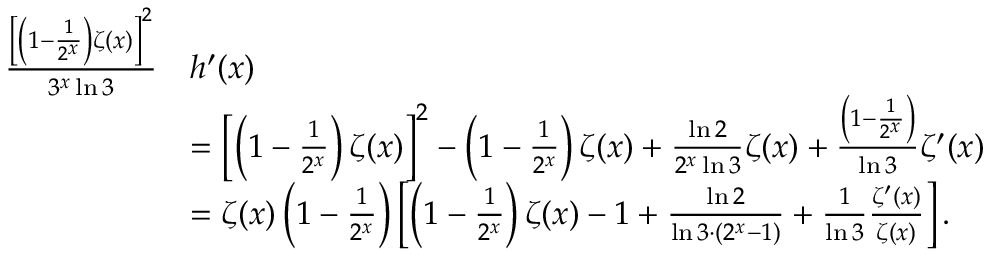
\begin{array} { r l } { \frac { \left[ \left( 1 - \frac { 1 } { 2 ^ { x } } \right) \zeta ( x ) \right] ^ { 2 } } { 3 ^ { x } \ln 3 } } & { h ^ { \prime } ( x ) } \\ & { = \left[ \left( 1 - \frac { 1 } { 2 ^ { x } } \right) \zeta ( x ) \right] ^ { 2 } - \left( 1 - \frac { 1 } { 2 ^ { x } } \right) \zeta ( x ) + \frac { \ln 2 } { 2 ^ { x } \ln 3 } \zeta ( x ) + \frac { \left( 1 - \frac { 1 } { 2 ^ { x } } \right) } { \ln 3 } \zeta ^ { \prime } ( x ) } \\ & { = \zeta ( x ) \left( 1 - \frac { 1 } { 2 ^ { x } } \right) \left[ \left( 1 - \frac { 1 } { 2 ^ { x } } \right) \zeta ( x ) - 1 + \frac { \ln 2 } { \ln 3 \cdot ( 2 ^ { x } - 1 ) } + \frac { 1 } { \ln 3 } \frac { \zeta ^ { \prime } ( x ) } { \zeta ( x ) } \right] . } \end{array}